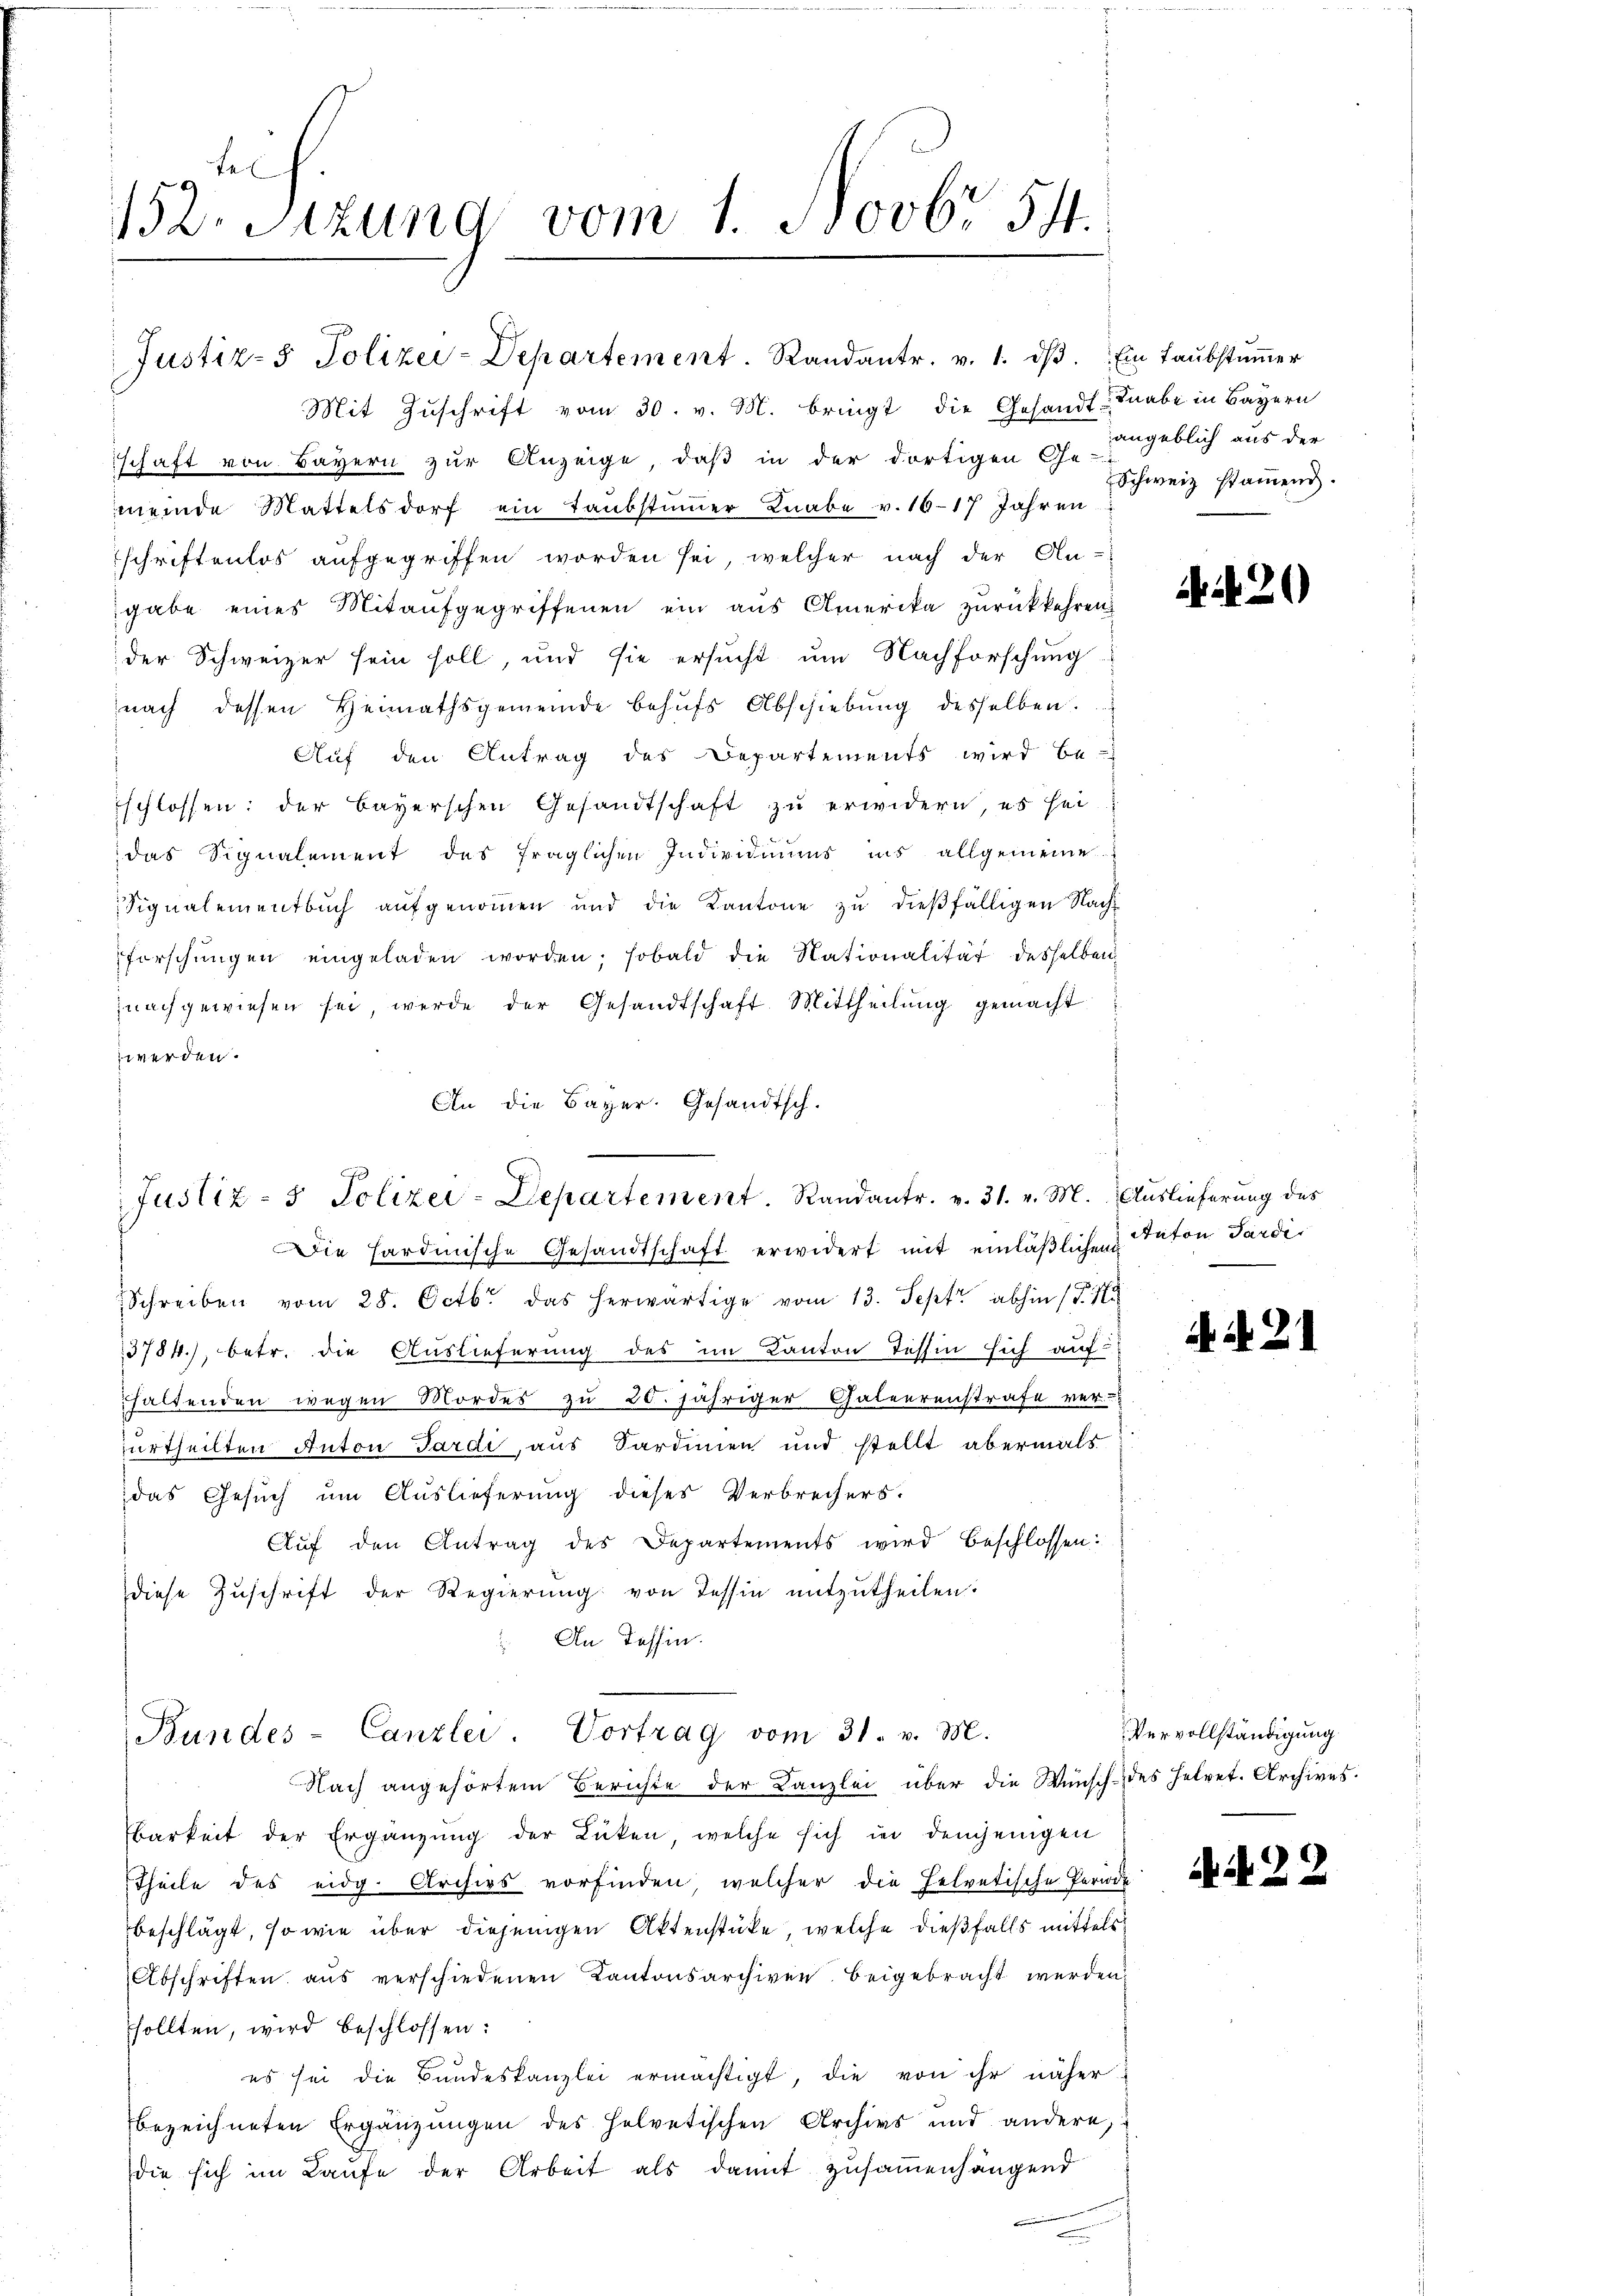
152. Sitzung vom 1. Novbr. 54.

Mit Zuschrift vom 30. v. M. bringt die Gesandt-Knabe in Bayern
schaft von Bayern zur Anzeige, daß in der dortigen Ge-
meinde Mattelsdorf ein Taubstimmer Knabe v. 1617 Jahren
schriftenlos aufgegriffen worden sei, welcher nach der An-
gabe eines Mitaufgegriffenen ein aus Amerika zurückkehren
der Schweizer sein soll, und sie ersucht um Nachforschung
nach dessen Heimathsgemeinde behufs Abschiebung desselben.
Auf den Antrag des Departements wird be-
schlossen: der Bayerschen Gesandtschaft zu erwidern es sei
das Signalement des fraglichen Individiums ins allgemeine
Signalementbuch aufgenommen und die Kantone zŭ dießfälligen Nachforschŭngen eingeladen worden; sobald die Nationalität desselben
nachgewiesen sei, werde der Gesandtschaft Mittheilŭng gemacht
werden.
An die Bayer. Gesandtsch.

Justiz- & Polizei-Departement. Randantr. v. 1. dβ. Ein Taŭbstŭṁer

Justiz- & Polizei-Departement. Randantr. v. 31. v. M. Auslieferung des

Bundes-Canzlei. Vortrag vom 31. v. M.

angeblich aus der
Schweiz stammend.

d

Die Hardinische Gesandtschaft erwidert mit einläßlichen
 Schreiben vom 28. Octbr. das herwärtige vom 13. Sept. abhin (§. 178
3784), betr. die Auslieferung des im Kanton Tessin sich auf-
haltenden wegen Mordes zu 20. jähriger Gateerenstrafe ver-
urtheilten Anton Pardi, aus Sardinien und stellt abermals
das Gesuch um Auslieferung dieses Verbrechers.
Aŭf den Antrag des Departements wird beschlossen:
diese Zuschrift der Regierung von Tessin mitzutheilen.
An Tessin.

Nach angehörtem Berichte der Kanzlei über die Wünsch des Helvet. Archives.
Barkeit der Ergänzung der Lücken, welche sich in denjenigen
Theile des eidg. Archivs vorfinden, welcher die Helvetische Periode
beschlägt, so wie über diejenigen Aktenstücke, welche dießfalls mittels
Abschriften aus verschiedenen Kantonsarchiven beigebracht werden,
sollten, wird beschlossen:
es sei die Bundeskanzlei ermächtigt, die von ihr näher
bezeichneten Ergänzungen des Helvetischen Archivs und andere,
die sich im Laufe der Arbeit als damit zusammenhängend
e

20

Anton Pardi

N. N. 21

Vervollständigung

AA 22